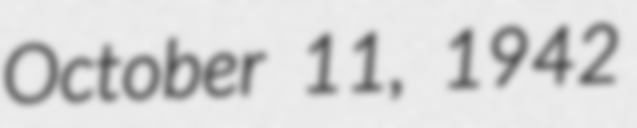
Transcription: October 11, 1942